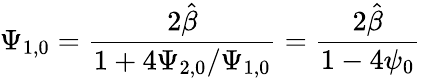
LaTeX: \Psi_{1,0}=\frac{2\hat{\beta}}{1+4\Psi_{2,0}/\Psi_{1,0}}=\frac{2\hat{\beta}}{1-4\psi_{0}}